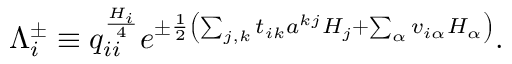
\Lambda _ { i } ^ { \pm } \equiv q _ { i i } ^ { \frac { H _ { i } } { 4 } } e ^ { \pm { \frac { 1 } { 2 } } \left( \sum _ { j , k } t _ { i k } a ^ { k j } H _ { j } + \sum _ { \alpha } v _ { i \alpha } H _ { \alpha } \right) } .